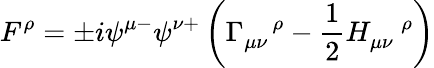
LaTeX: F^{\rho}=\pm i\psi^{\mu-}\psi^{\nu+}\left(\Gamma_{\mu\nu}^{\quad\rho}-\frac{1}{2}H_{\mu\nu}^{\quad\rho}\right)